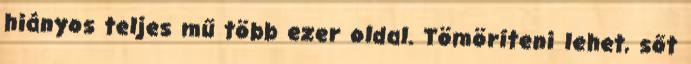
hiányos teljes mű több ezer oldal. Tömöríteni lehet, sőt